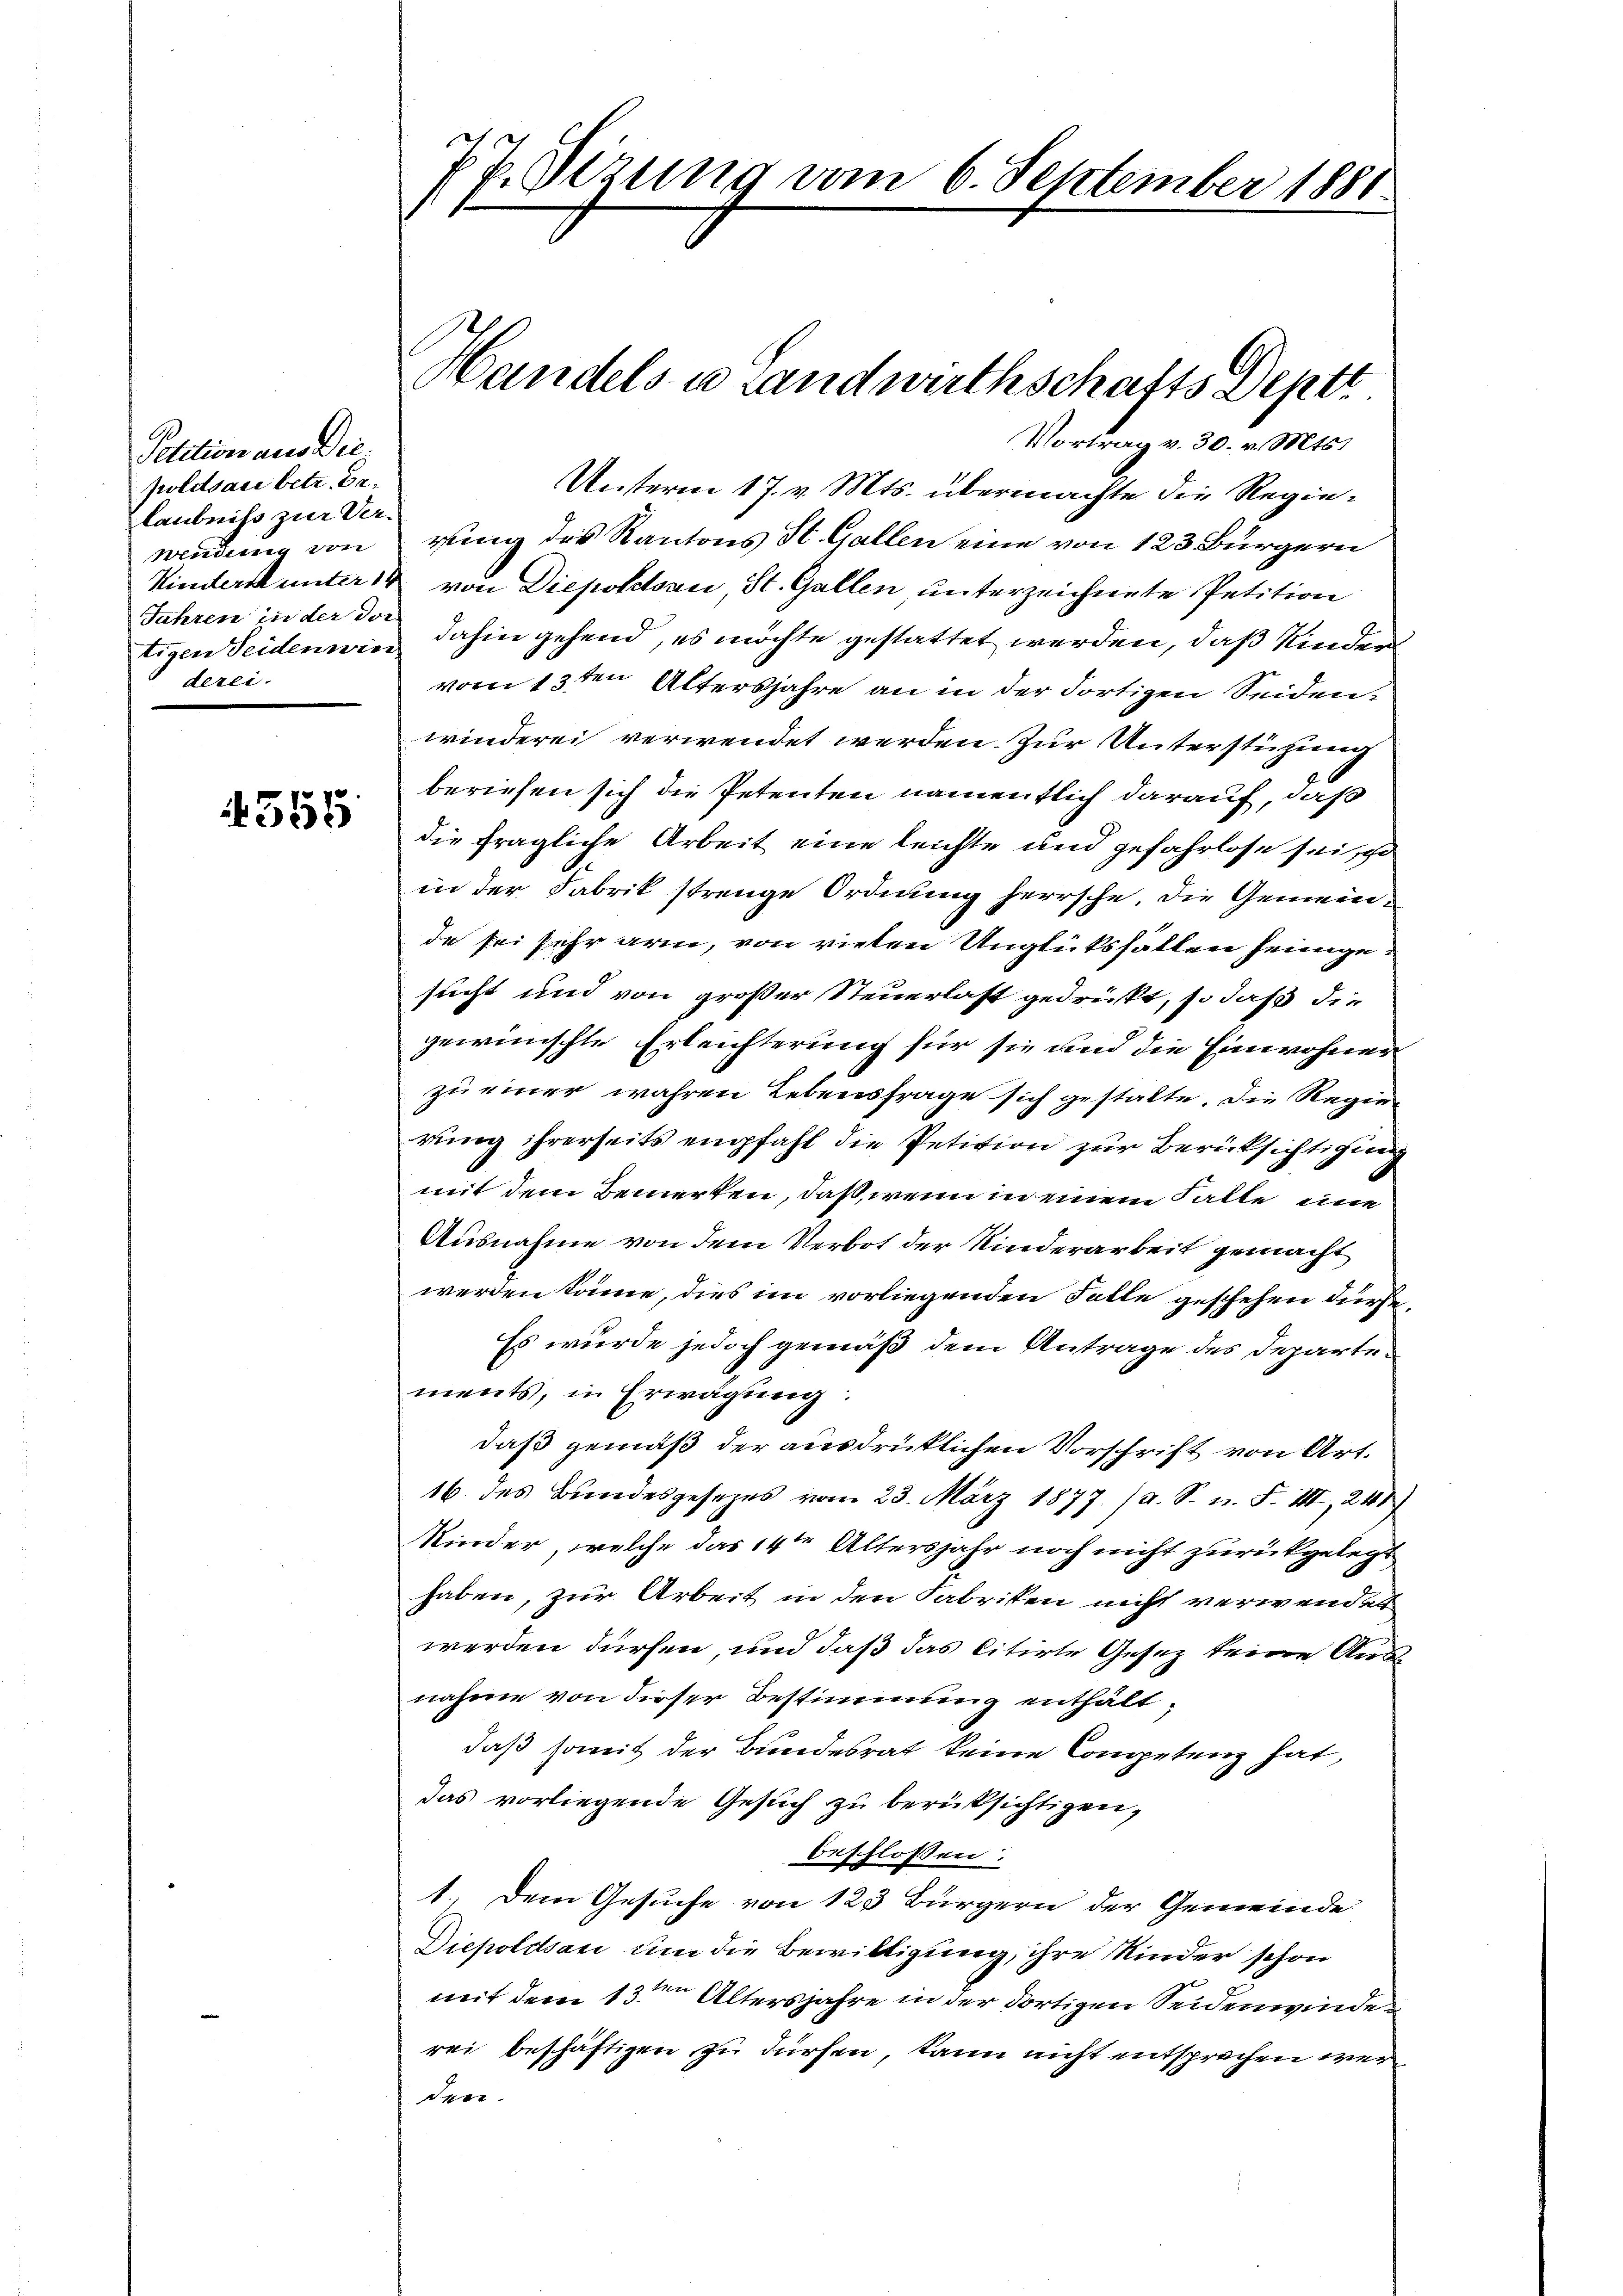
Petition aus Die
poldsau betr. Delaubniß zur Vertigen Seidenwin
derei.

4555

77. Sezung vom 6. September 1881

Vortrag v. 30. v. Mts.
Unterm 17. v. Mts. übermachte die Regiewendung von rung des Kantons St. Gallen eine von 123 Bürgern
Kinders unter von Diepoldsau St. Gallen unterzeichnete Petition
Jahren in der von dahin gehend, es möchte gestattet werden, daß Kinder
vom 13ten Altersjahre an in der dortigen Seidenwinderei verwendet werden. Zur Unterstüzung
beriefen sich die Petenten namentlich darauf, daß
die fragliche Arbeit eine leichte und gefahrlose sei
in der Fabrik strenge Ordnung herrsche, die Gemeinde sei sehr arm, von vielen Unglüksfällen heimgesucht und von großer Steuerlast gedrückt, so daß die
gewünschte Erleichterung für sie und die Einwohner
zu einer wahren Lebensfrage sich gestalte. Die Regierung ihrerseits empfahl die Petition zur Berücksichtigung
mit dem Bemerken, daß, wenn in einem Falle eine
Ausnahme von dem Verbot der Kinderarbeit gemacht
werden könne, dies im vorliegenden Falle geschehen dürfe,
Es wurde jedoch gemäß dem Antrage des Departements, in Erwägung:
daß gemäß der ausdrücklichen Vorschrift von Art.
16. des Bundesgesezes vom 23. März 1877. (a. S. n. F. III, 244
Kinder, welche das 14ten Altersjahr noch nicht zurückgelegt
haben, zur Arbeit in den Fabriken nicht verwendet
werden dürfen, und daß das Citirte Gesez keine Ausnahme von dieser Bestimmung enthält,
daß somit der Bundesrat keine Competenz hat,
das vorliegende Gesuch zu berüksichtigen,
beschlossen:
1.) Dem Gesuche von 123 Bürgern der Gemeinde
Diepoldsau um die Bewilligung, ihre Kinder schon
mit dem 13ten Altersjahre in der dortigen Seidenwinde
rei beschäftigen zu dürfen, kann nicht entsprechen werder.

Handels- u Landwirthschafts Deptt